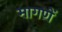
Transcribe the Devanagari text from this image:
मागणें